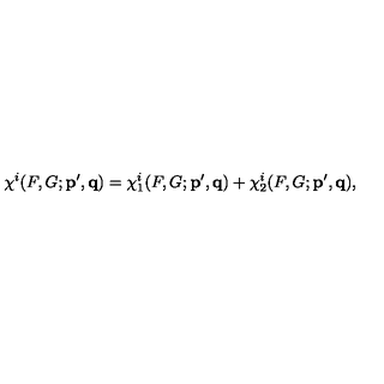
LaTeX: \chi ^ { i } ( F , G ; { \bf p ^ { \prime } , q } ) = \chi _ { 1 } ^ { i } ( F , G ; { \bf p ^ { \prime } , q } ) + \chi _ { 2 } ^ { i } ( F , G ; { \bf p ^ { \prime } , q } ) ,